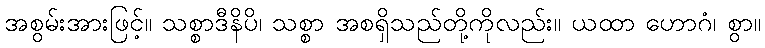
အစွမ်းအားဖြင့်။ သစ္စာဒီနိပိ၊ သစ္စာ အစရှိသည်တို့ကိုလည်း။ ယထာ ဟောဂံ၊ စွာ။